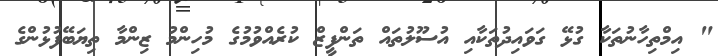
" އިމްތިހާނުތަކާ ގުޅޭ ގަވައިދުތަކާއި އުސޫލުތައް ތަންފީޒް ކުރެއްވުމުގެ މުހިންމު ޒިންމާ ތިޔަބޭފުޅުންގެ